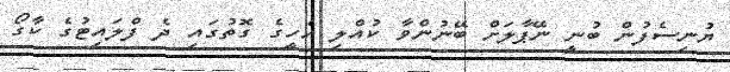
ޔުނިސެފުން ބުނީ ނޭޕާލަށް ބޭނުންވާ ކުއްލި އެހީގެ ގޮތުގައި ދެ ފްލައިޓުގެ ކާގޯ